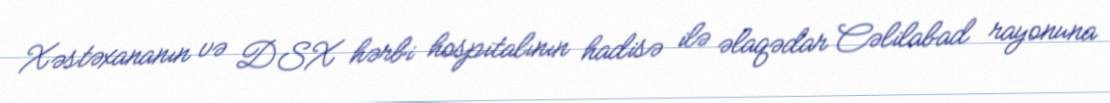
Xəstəxananın və DSX hərbi hospitalının hadisə ilə əlaqədar Cəlilabad rayonuna